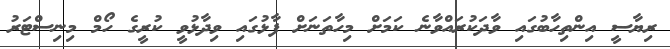
ރިޔާސީ އިންތިހާބުގައި ވާދަކުރައްވާނެ ކަމަށް މިހާތަނަށް ފާޅުގައި ވިދާޅުވީ ކުރީގެ ހޯމް މިނިސްޓަރު